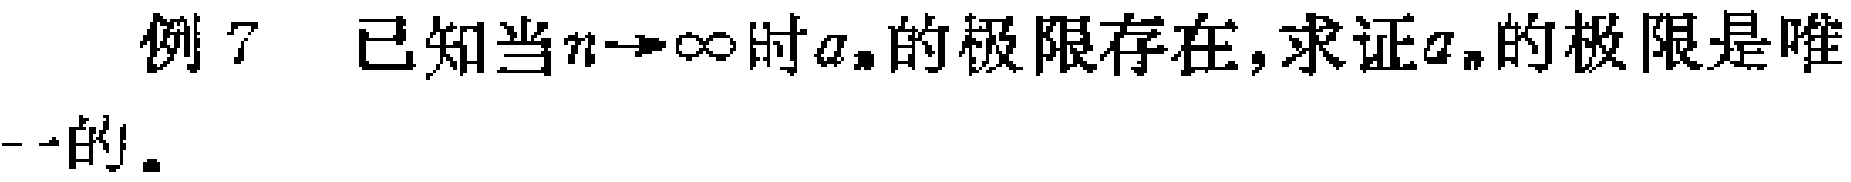
例 7 已知当$n\rightarrow\infty$时$a_{n}$的极限存在, 求证$a_{n}$的极限是唯一的。